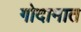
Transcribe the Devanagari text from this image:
गोदामात